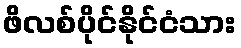
ဖိလစ်ပိုင်နိုင်ငံသား